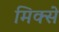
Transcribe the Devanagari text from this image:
मिक्से